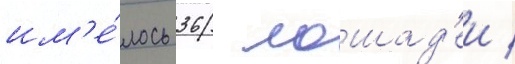
им'е́лось 36 лошад'еи /